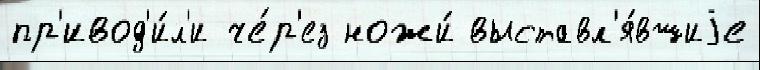
пр'ивод'и́л'и че́р'ез ножи́ выставл'я́вшиjе